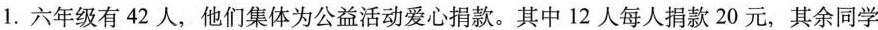
1.六年级有42人，他们集体为公益活动爱心捐款。其中12人每人捐款20元，其余同学